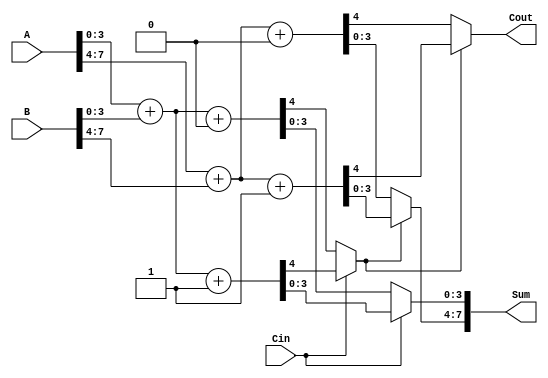
module CarrySelectAdder(
    input [7:0] A,      // 8-bit input A
    input [7:0] B,      // 8-bit input B
    input Cin,          // Carry-in
    output [7:0] Sum,   // 8-bit Sum output
    output Cout         // Carry-out
);

    // Internal signals for carry and sum
    wire [3:0] Sum0_block0, Sum1_block0, Sum0_block1, Sum1_block1;
    wire C0_block0, C1_block0, C0_block1, C1_block1;
    wire C0_mux0, C0_mux1;

    // Block 0 (A[3:0], B[3:0])
    assign {C0_block0, Sum0_block0} = A[3:0] + B[3:0] + 1'b0; // Carry-in = 0
    assign {C1_block0, Sum1_block0} = A[3:0] + B[3:0] + 1'b1; // Carry-in = 1

    // Block 1 (A[7:4], B[7:4])
    assign {C0_block1, Sum0_block1} = A[7:4] + B[7:4] + 1'b0; // Carry-in = 0
    assign {C1_block1, Sum1_block1} = A[7:4] + B[7:4] + 1'b1; // Carry-in = 1

    // MUX for selecting the sum and carry for Block 0
    assign C0_mux0 = Cin ? C1_block0 : C0_block0;
    assign Sum[3:0] = Cin ? Sum1_block0 : Sum0_block0;

    // MUX for selecting the sum and carry for Block 1
    assign C0_mux1 = C0_mux0 ? C1_block1 : C0_block1;
    assign Sum[7:4] = C0_mux0 ? Sum1_block1 : Sum0_block1;

    // Final Carry-Out
    assign Cout = C0_mux1;

endmodule